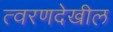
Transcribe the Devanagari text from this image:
त्वरणदेखील